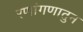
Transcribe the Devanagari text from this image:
रणांगणातुन